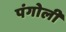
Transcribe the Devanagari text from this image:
पंगोली